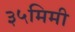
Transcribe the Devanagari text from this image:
३५मिमी